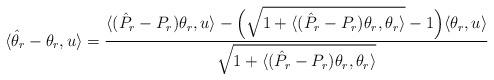
LaTeX: \begin{align*}\langle \hat \theta_r-\theta_r,u\rangle=\frac{\langle (\hat P_r-P_r)\theta_r,u\rangle-\Bigl(\sqrt{1+\langle (\hat P_r-P_r)\theta_r,\theta_r\rangle}-1\Bigr)\langle \theta_r, u\rangle}{\sqrt{1+\langle (\hat P_r-P_r)\theta_r,\theta_r\rangle}} \end{align*}